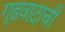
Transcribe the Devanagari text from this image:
गूढवादाची